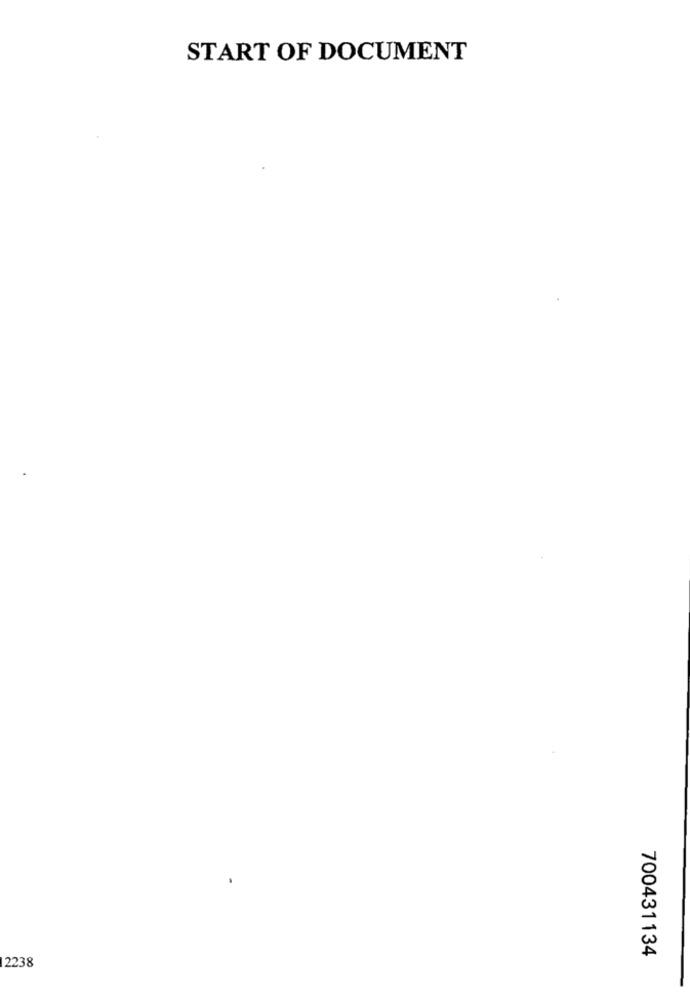
START OF DOCUMENT
700431134
12238